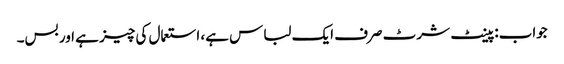
جواب: پینٹ شرٹ صرف ایک لباس ہے، استعمال کی چیز ہے اور بس۔